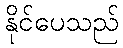
နိုင်ပေသည်